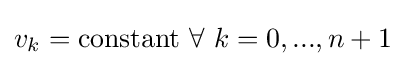
v_{k}=\mathrm {constant} \ \forall \ k=0,...,n+1